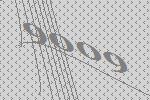
9009